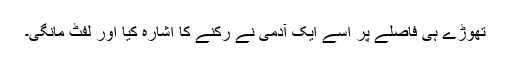
تھوڑے ہی فاصلے پر اسے ایک آدمی نے رکنے کا اشارہ کیا اور لفٹ مانگی۔